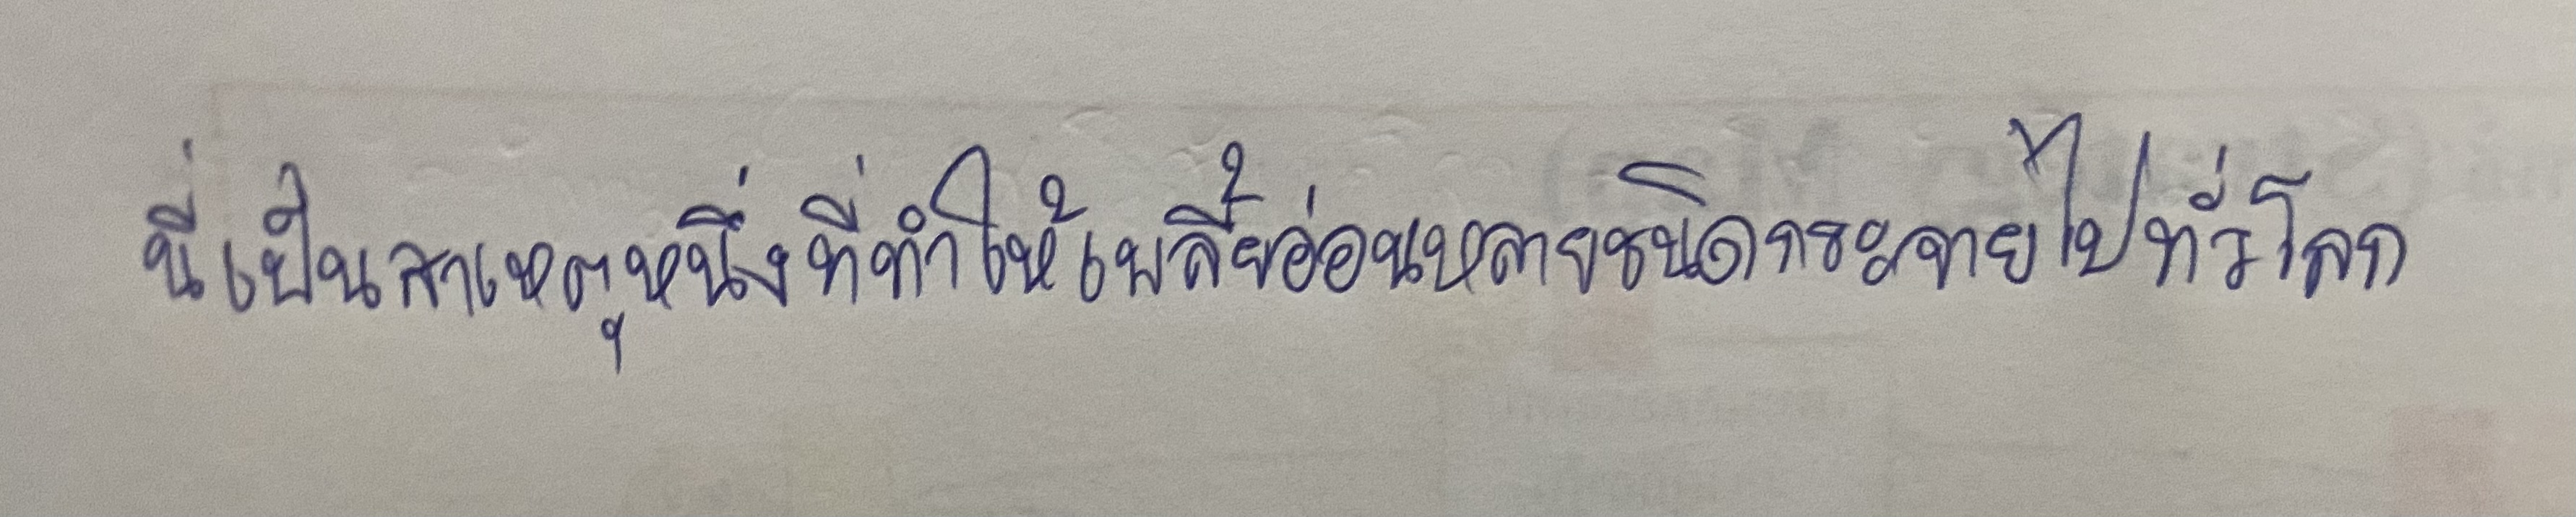
นี่เป็นสาเหตุหนึ่งที่ทำให้เพลี้ยอ่อนหลายชนิดกระจายไปทั่วโลก